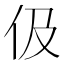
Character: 伋